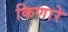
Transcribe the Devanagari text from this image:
किणारे